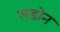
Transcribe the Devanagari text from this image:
लडोन